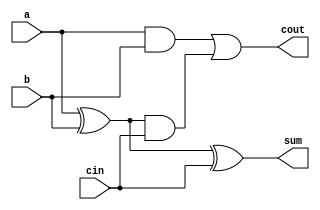

//
module full_add
(
	input     cin,				// 
	input	  a,				//1
	input 	  b,				//2
	output 	  sum,				//
	output	  cout				// 
);


assign     sum = a ^ b ^ cin;
assign     cout = a & b | (a ^ b) & cin;

endmodule